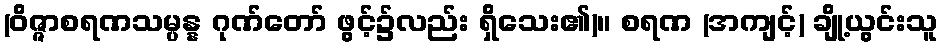
(ဝိဇ္ဇာစရဏသမ္ပန္န ဂုဏ်တော် ဖွင့်၌လည်း ရှိသေး၏)။ စရဏ (အကျင့်) ချို့ယွင်းသူ